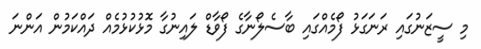
މި ސީޒަނުގައި ރަނަގަޅު ފޯމެއްގައި ބާސެލޯނާގެ ފޯވާޑް ލައިނުގާ މޮޅުކުޅުމެއް ދައްކަމުން އަންނަ